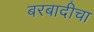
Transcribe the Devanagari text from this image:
बरबादीचा